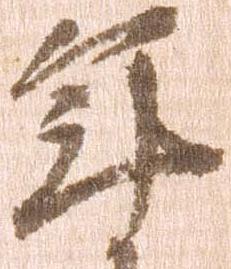
年